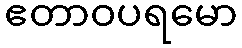
ဧတာဝပရမော